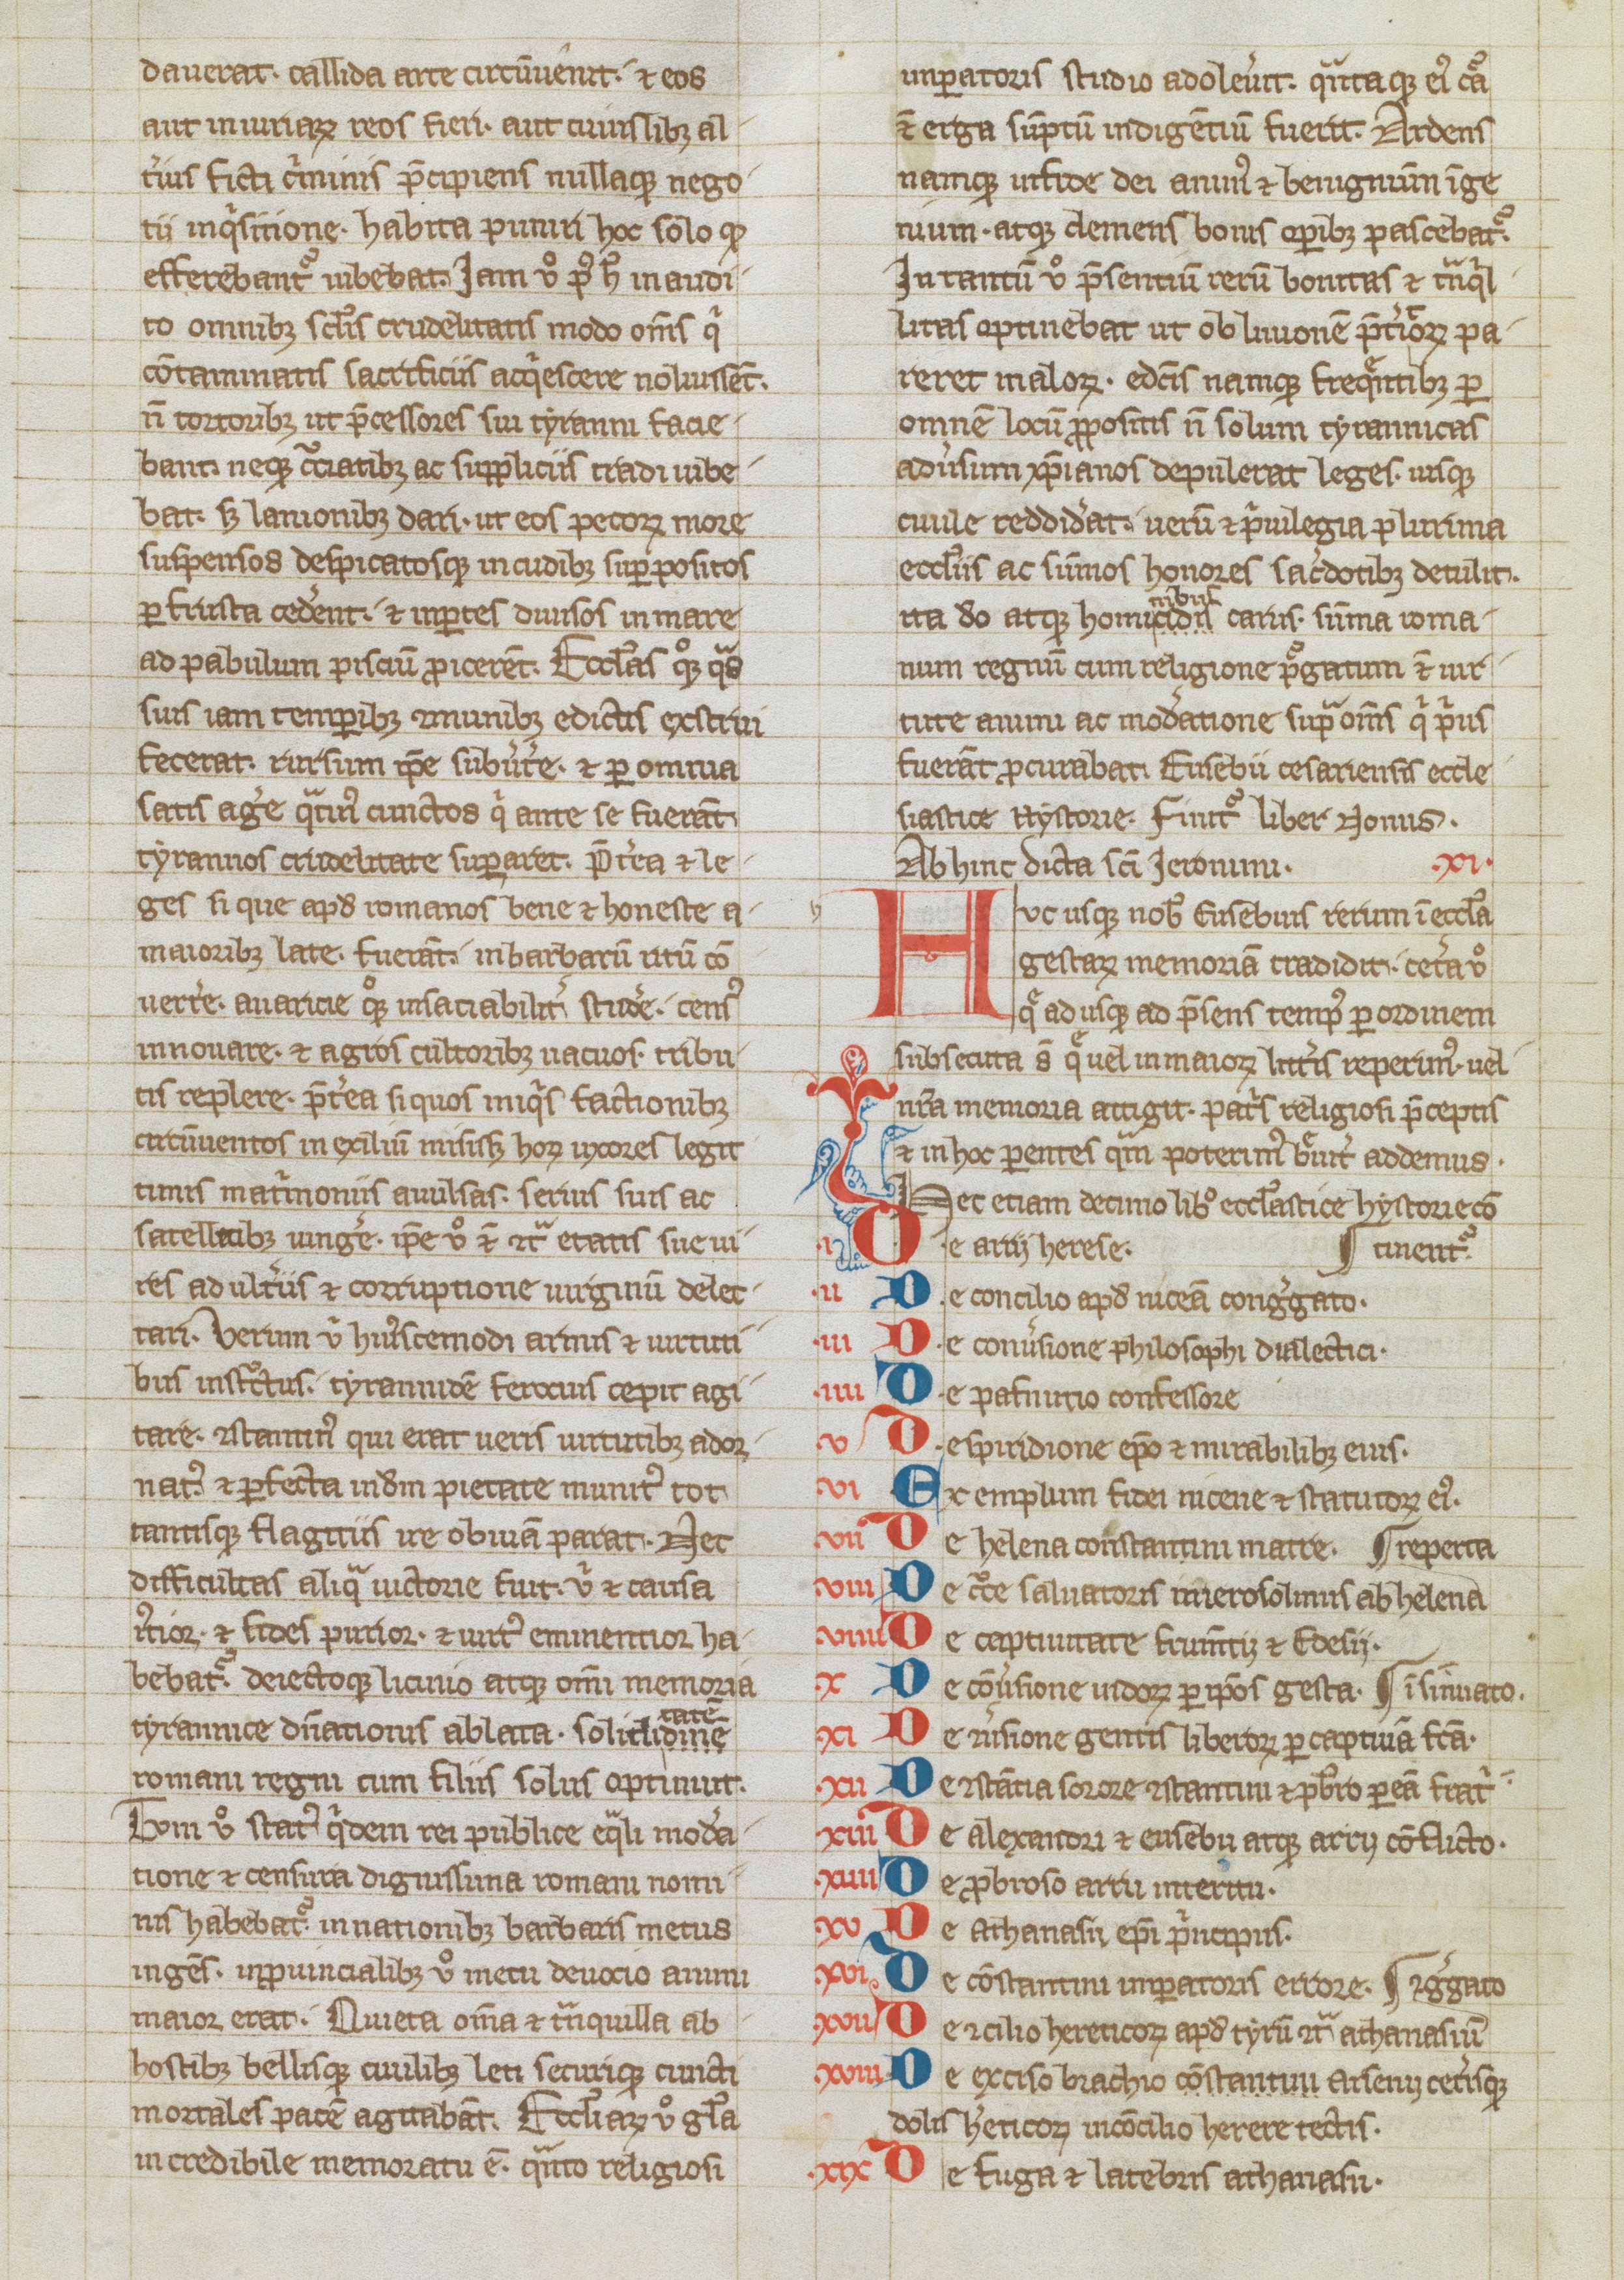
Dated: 1250–1299